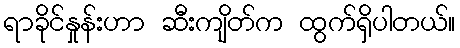
ရာခိုင်နှုန်းဟာ ဆီးကျိတ်က ထွက်ရှိပါတယ်။